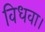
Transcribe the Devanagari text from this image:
विधवा।